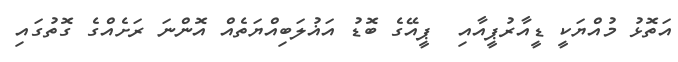
އަތޮޅު މުއްޔަކީ ޑީއާރުޕީއާއި  ޕީއޭގެ ބޮޑު އަޣުލަބިއްޔަތެެއް އޮންނަ ރަށެއްގެ ގޮތުގައި